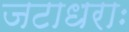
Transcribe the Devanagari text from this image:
जटाधराः